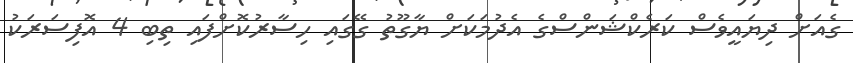
ގެއަށް ދިޔައީވެސް ކަރެކްޝަންސްގެ އެދުމަކަށް ޔާގޫތު ގޭގައި ހިސާރުކޮށްފައި ތިބި 4 އޮފިސަރަކު